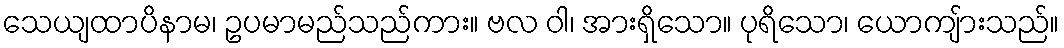
သေယျထာပိနာမ၊ ဥပမာမည်သည်ကား။ ဗလ ဝါ၊ အားရှိသော။ ပုရိသော၊ ယောကျ်ားသည်။